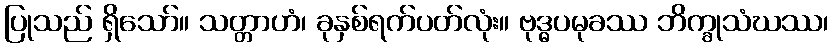
ပြုသည် ရှိသော်။ သတ္တာဟံ၊ ခုနှစ်ရက်ပတ်လုံး။ ဗုဒ္ဓပမုခဿ ဘိက္ခုသံဃဿ၊